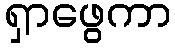
ရှာဖွေကာ